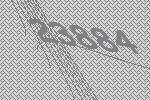
23884